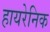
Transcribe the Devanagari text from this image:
हायरेनिक